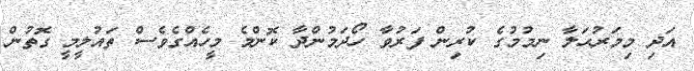
އަދި މިމަރުޙަލާ ނިމުމުގެ ކުރިން ފަރުވާ ހޯދަމުންދާ ކޮންމެ މީހެއްގެވެސް ތައުލީމީ ގޮތުން